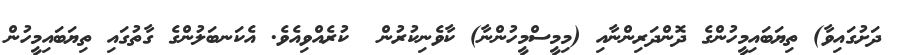
ދަށުގައިވާ) ތިޔަބައިމީހުންގެ ދޮންދަރިންނާއި (މިމީސްމީހުންނާ) ކާވެނިކުރުން  ކުރެއްވިއެވެ. އެކަނބަލުންގެ ގާތުގައި ތިޔަބައިމީހުން